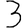
Digit: 3